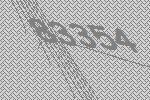
83354